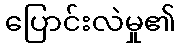
ပြောင်းလဲမှု၏